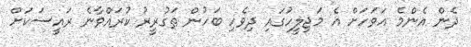
ދެން އެންމެ އަވަހަށް އެ މަޖިލީހުގައި ދިވެހި ބަހުން ތަގުރީރު ކުރައްވާނެ ރައީސަކަށް